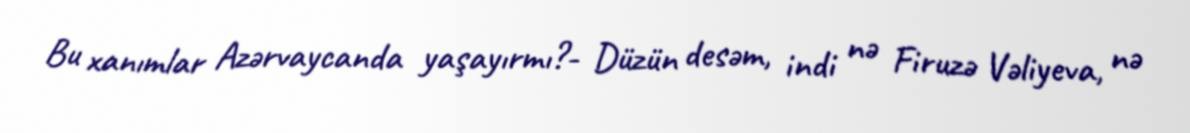
Bu xanımlar Azərvaycanda yaşayırmı?- Düzün desəm, indi nə Firuzə Vəliyeva, nə